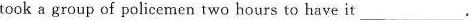
took a group of policemen two hours to have it ___.